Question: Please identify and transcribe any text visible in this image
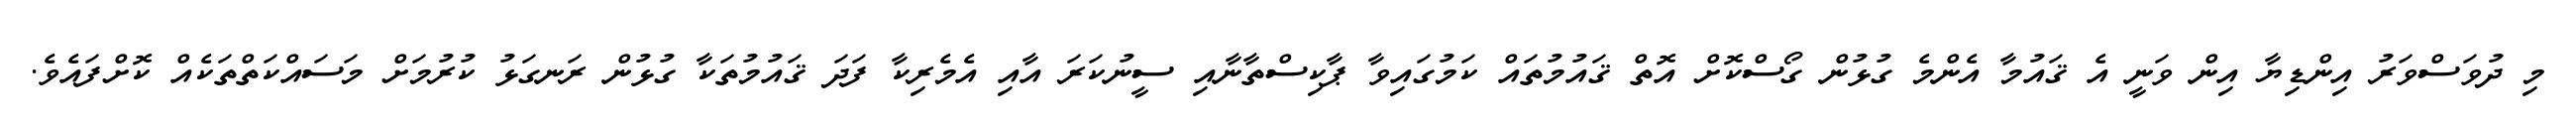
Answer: މި ދުވަސްވަރު އިންޑިޔާ އިން ވަނީ އެ ޤައުމާ އެންމެ ގުޅުން ގޯސްކޮށް އޮތް ޤައުމުތައް ކަމުގައިވާ ޕާކިސްތާނާއި ސީނުކަރަ އާއި އެމެރިކާ ފަދަ ޤައުމުތަކާ ގުޅުން ރަނގަޅު ކުރުމަށް މަސައްކަތްތަކެއް ކޮށްފައެވެ.